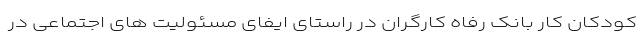
کودکان کار بانک رفاه کارگران در راستای ایفای مسئولیت های اجتماعی در